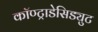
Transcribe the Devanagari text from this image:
कॉण्ट्राडेसिड्युट